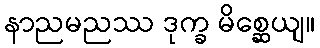
နာညမညဿ ဒုက္ခ မိစ္ဆေယျ။